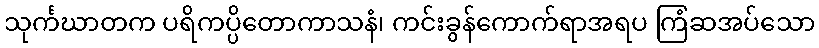
သုင်္ကဃာတက ပရိကပ္ပိတောကာသနံ၊ ကင်းခွန်ကောက်ရာအရပ ကြံဆအပ်သော